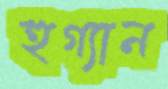
হুগ্যান